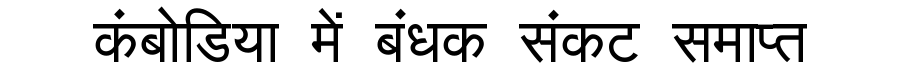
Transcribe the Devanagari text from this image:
कंबोडिया में बंधक संकट समाप्त